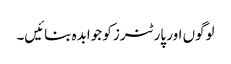
لوگوں اور پارٹنرز کو جوابدہ بنائیں۔